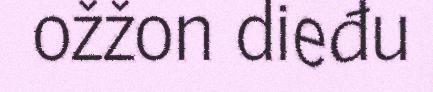
ožžon dieđu